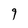
Character: 9